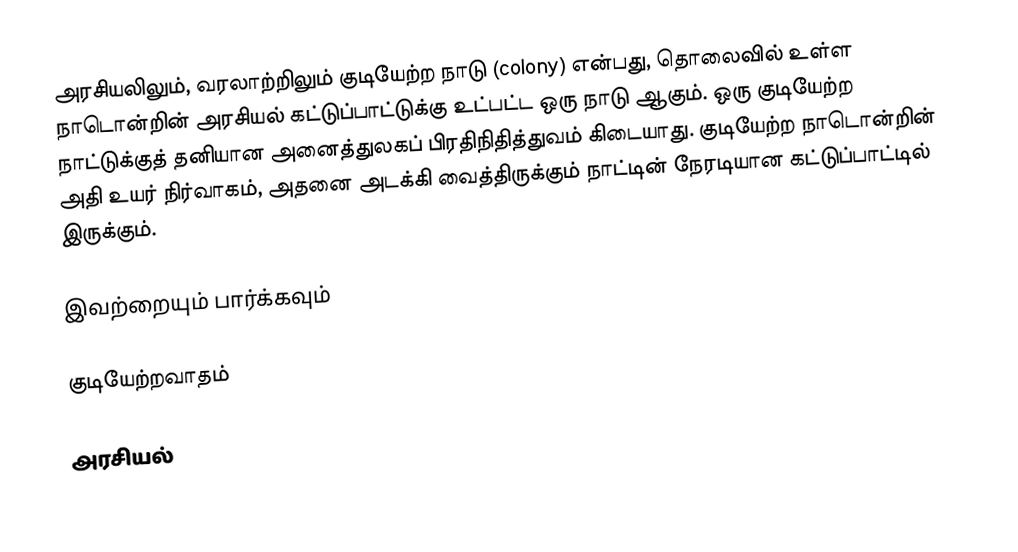
அரசியலிலும், வரலாற்றிலும் குடியேற்ற நாடு (colony) என்பது, தொலைவில் உள்ள நாடொன்றின் அரசியல் கட்டுப்பாட்டுக்கு உட்பட்ட ஒரு நாடு ஆகும். ஒரு குடியேற்ற நாட்டுக்குத் தனியான அனைத்துலகப் பிரதிநிதித்துவம் கிடையாது. குடியேற்ற நாடொன்றின் அதி உயர் நிர்வாகம், அதனை அடக்கி வைத்திருக்கும் நாட்டின் நேரடியான கட்டுப்பாட்டில் இருக்கும்.

இவற்றையும் பார்க்கவும்

 குடியேற்றவாதம்

அரசியல்